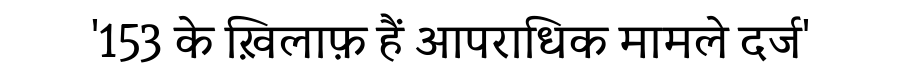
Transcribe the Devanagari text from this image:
'153 के ख़िलाफ़ हैं आपराधिक मामले दर्ज'